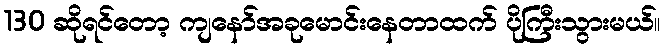
130 ဆိုရင်တော့ ကျနော်အခုမောင်းနေတာထက် ပိုကြီးသွားမယ်။